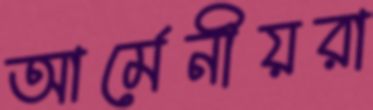
আর্মেনীয়রা